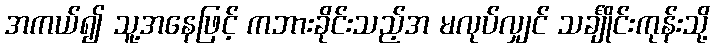
အကယ်၍ သူ့အနေဖြင့် ကဘားခိုင်းသည့်အ မလုပ်လျှင် သင်္ချိုင်းကုန်းသို့